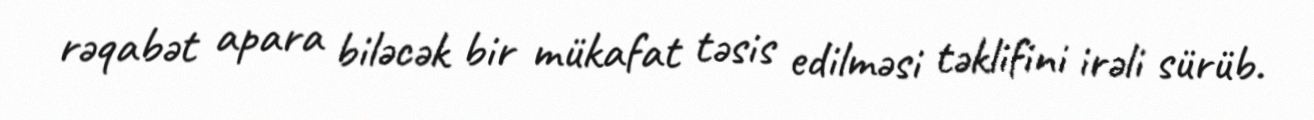
rəqabət apara biləcək bir mükafat təsis edilməsi təklifini irəli sürüb.